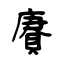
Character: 賡